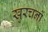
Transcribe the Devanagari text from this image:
खुरचनों